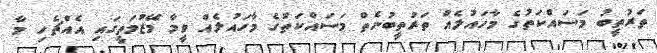
ތަރުތީބު މަސައްކަތުގެ މާހައުލެއް ތަރުތީބުނެތް މަސައްކަތުގެ މާހައުލެއް ވީމާ މޭޒުމަތީގައި އެއްޗެހި މާ